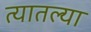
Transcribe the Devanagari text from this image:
त्‍यातल्‍या